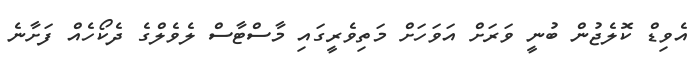
އެވިޑް ކޮލެޖުން ބުނީ ވަރަށް އަވަހަށް މަތިވެރީގައި މާސްޓާސް ލެވެލްގެ ދެކޯހެއް ފަށާނެ